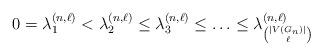
LaTeX: \begin{align*}0 = \lambda_1^{(n,\ell)} < \lambda_2^{(n, \ell)} \leq \lambda_3^{(n, \ell)} \leq \ldots \leq \lambda_{\binom{|V(G_n)|}{\ell}}^{(n, \ell)}\end{align*}